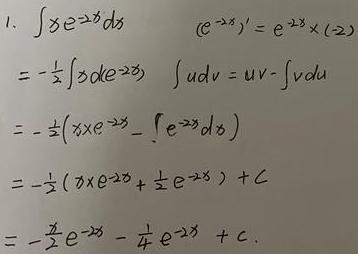
\[
\begin{align*}
&1.\int x e^{-2x}dx\quad(e^{-2x})' = e^{-2x}\times(-2)\\
&=-\frac{1}{2}\int xd(e^{-2x})\quad\int udv = uv-\int vdu\\
&=-\frac{1}{2}(xe^{-2x}-\int e^{-2x}dx)\\
&=-\frac{1}{2}(xe^{-2x}+\frac{1}{2}e^{-2x})+C\\
&=-\frac{x}{2}e^{-2x}-\frac{1}{4}e^{-2x}+C.
\end{align*}
\]